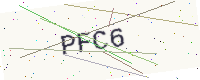
Text: PFC6